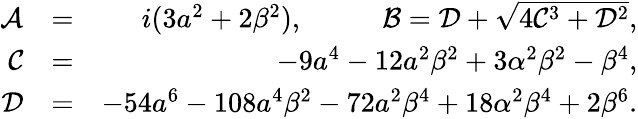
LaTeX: \begin{array}{rlr}{\mathcal{A}}&{=}&{i(3a^{2}+2\beta^{2}),~~~~~~~~~~~\mathcal{B}=\mathcal{D}+\sqrt{4\mathcal{C}^{3}+\mathcal{D}^{2}},}\\ {\mathcal{C}}&{=}&{-9a^{4}-12a^{2}\beta^{2}+3\alpha^{2}\beta^{2}-\beta^{4},}\\ {\mathcal{D}}&{=}&{-54a^{6}-108a^{4}\beta^{2}-72a^{2}\beta^{4}+18\alpha^{2}\beta^{4}+2\beta^{6}.}\end{array}